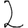
Digit: 2